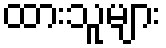
ထားသူများ